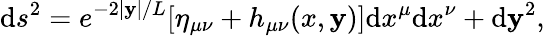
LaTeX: \mathrm{d}s^{2}=e^{-2|\mathbf{y}|/L}[\eta_{\mu\nu}+h_{\mu\nu}(x,\mathbf{y})]\mathrm{d}x^{\mu}\mathrm{d}x^{\nu}+\mathrm{d}\mathbf{y}^{2},